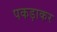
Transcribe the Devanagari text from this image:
पकड़ाकर